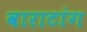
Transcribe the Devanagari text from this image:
वाराटांग